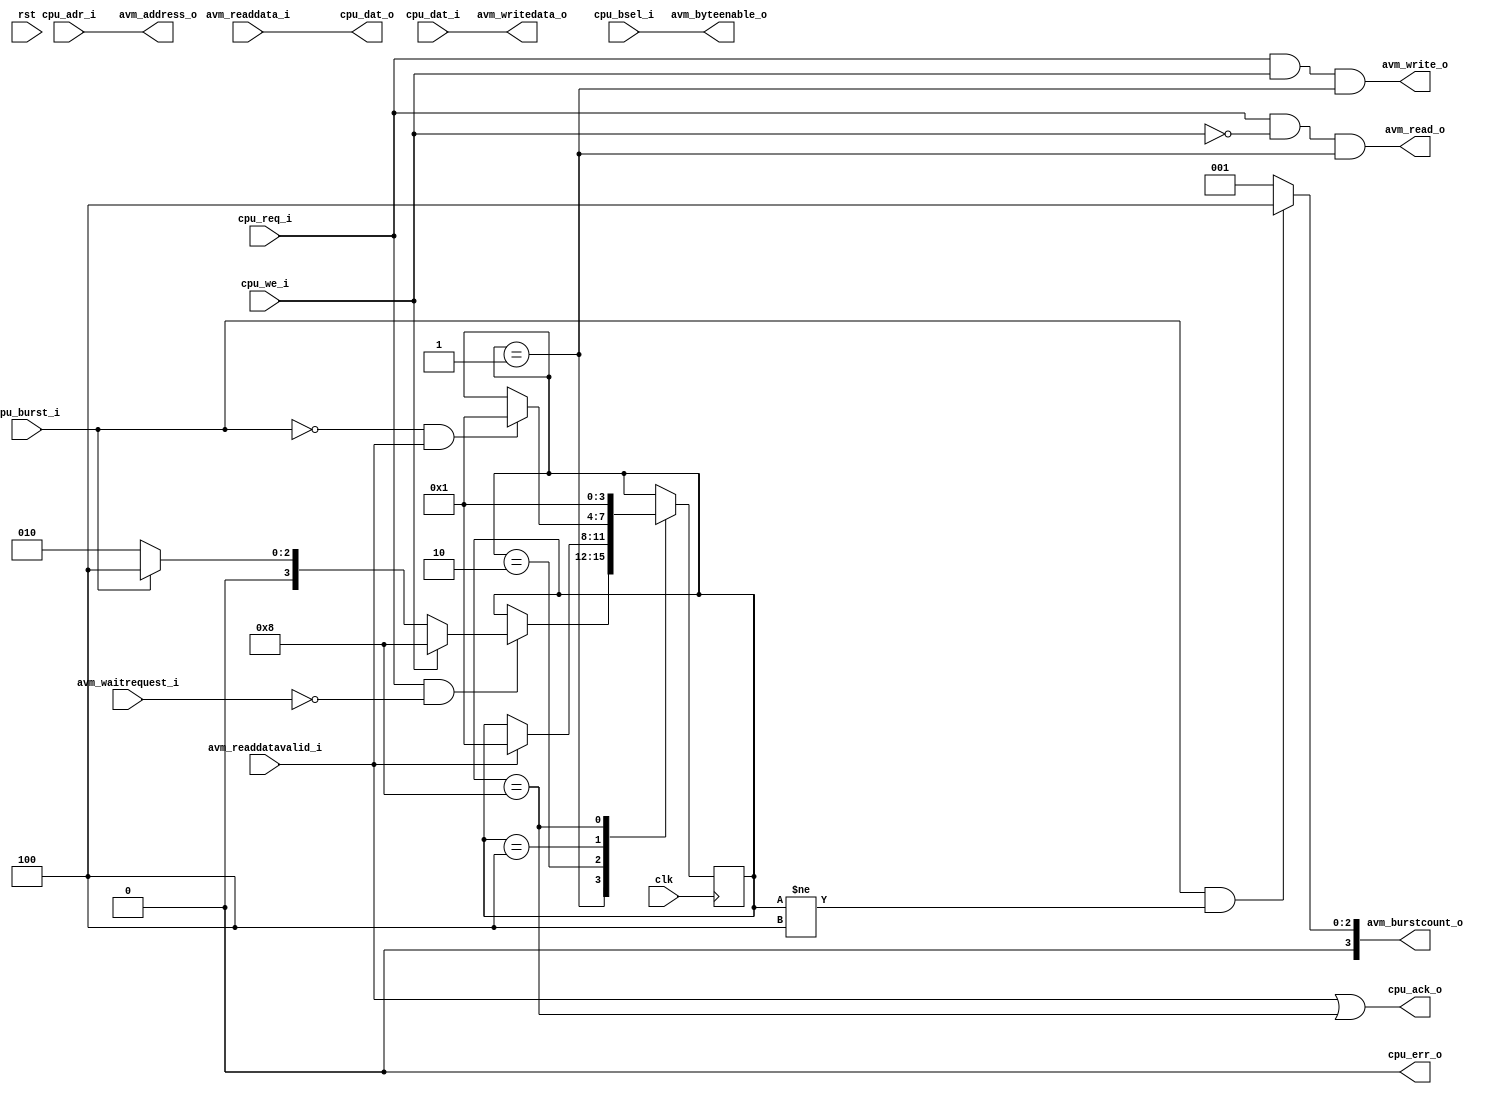
module mor1kx_bus_if_avalon
#(
  parameter OPTION_AVALON_BURST_LENGTH = 4
  )
  (
   input 	 clk,
   input 	 rst,

   output 	 cpu_err_o,
   output 	 cpu_ack_o,
   output [31:0] cpu_dat_o,
   input [31:0]  cpu_adr_i,
   input [31:0]  cpu_dat_i,
   input 	 cpu_req_i,
   input [3:0] 	 cpu_bsel_i,
   input 	 cpu_we_i,
   input 	 cpu_burst_i,

   output [31:0] avm_address_o,
   output [3:0]  avm_byteenable_o,
   output 	 avm_read_o,
   input [31:0]  avm_readdata_i,
   output [3:0]  avm_burstcount_o,
   output 	 avm_write_o,
   output [31:0] avm_writedata_o,
   input 	 avm_waitrequest_i,
   input 	 avm_readdatavalid_i
   );

   localparam IDLE	= 4'b0001;
   localparam READ	= 4'b0010;
   localparam BURST	= 4'b0100;
   localparam WRITE	= 4'b1000;

   reg [3:0] 	 state;

   always @(posedge clk) begin
      case (state)
	IDLE: begin
	   if (cpu_req_i & !avm_waitrequest_i) begin
	      if (cpu_we_i)
		state <= WRITE;
	      else if (cpu_burst_i) begin
		state <= BURST;
	      end else
		state <= READ;
	   end
	end

	READ: begin
	   if (avm_readdatavalid_i)
	     state <= IDLE;
	end

	BURST: begin
	   /* cpu_burst_i deasserts when the last burst access starts */
	   if (!cpu_burst_i & avm_readdatavalid_i)
	     state <= IDLE;
	end

	WRITE: begin
	     state <= IDLE;
	end
      endcase
   end

   assign avm_address_o = cpu_adr_i;
   assign avm_read_o = cpu_req_i & !cpu_we_i & (state == IDLE);
   assign avm_byteenable_o = cpu_bsel_i;
   assign avm_write_o = cpu_req_i & cpu_we_i & (state == IDLE);
   assign avm_burstcount_o = cpu_burst_i & (state != BURST) ?
			     OPTION_AVALON_BURST_LENGTH : 4'd1;
   assign avm_writedata_o = cpu_dat_i;

   assign cpu_err_o = 0;
   assign cpu_ack_o = avm_readdatavalid_i | state == WRITE;
   assign cpu_dat_o = avm_readdata_i;


endmodule